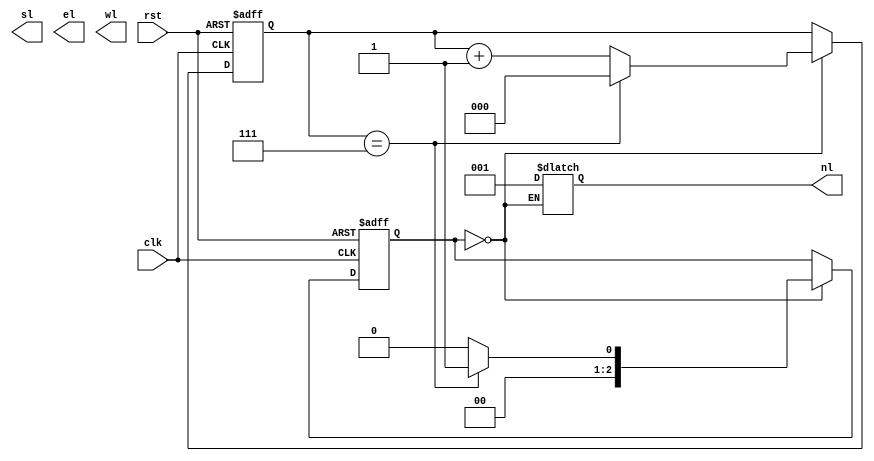
module tsc (
    output reg [2:0] nl,
    output reg [2:0] sl,
    output reg [2:0] el,
    output reg [2:0] wl,
    input clk,
    input rst
);

reg [2:0] state;
reg [2:0] count;

parameter [2:0] north = 3'b000;
parameter [2:0] northy = 3'b001;
parameter [2:0] south = 3'b010;
parameter [2:0] southy = 3'b011;
parameter [2:0] east = 3'b100;
parameter [2:0] easty = 3'b101;
parameter [2:0] west = 3'b110;
parameter [2:0] westy = 3'b111;

// State transition logic
always @(posedge clk, posedge rst) begin
    if (rst) begin
        state = north;
        count = 3'b000;
    end
    else begin
        case (state)
            north: begin
                if (count == 3'b111) begin
                    count = 3'b000;
                    state = northy;
                end
                else begin
                    count = count + 3'b001;
                    state = north;
                end
            end
            // Add other cases similarly
        endcase
    end
end

// Output assignment based on state
always @(state) begin
    case (state)
        north: begin
            nl = 3'b001;
            // Assign values for other directions similarly
        end
        // Add other cases similarly
    endcase
end

endmodule